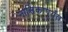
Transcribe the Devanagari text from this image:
नासिकापर्यंत